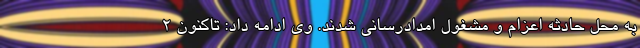
به محل حادثه اعزام و مشغول امدادرسانی شدند. وی ادامه داد: تاکنون ۲